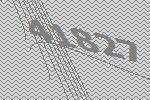
41827